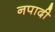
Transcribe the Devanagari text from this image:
नपादी